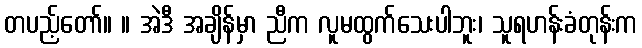
တပည့်တော်။ ။ အဲဒီ အချိန်မှာ ညီက လူမထွက်သေးပါဘူး၊ သူရဟန်းခံတုန်းက